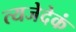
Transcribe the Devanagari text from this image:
त्यजेदेकं